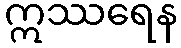
ဣဿရေန